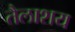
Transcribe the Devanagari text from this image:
तैलाशय